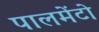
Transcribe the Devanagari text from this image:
पालमेंटो